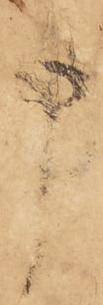
申